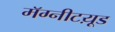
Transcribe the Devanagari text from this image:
मॅग्नीटय़ूड